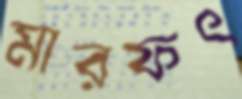
মারফৎ